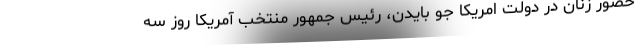
حضور زنان در دولت امریکا جو بایدن، رئیس جمهور منتخب آمریکا روز سه